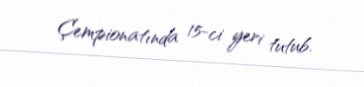
Çempionatında 15-ci yeri tutub.